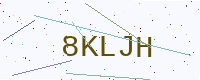
Text: 8KLJH